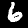
Label: 6